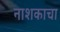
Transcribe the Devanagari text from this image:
नाशकाचा